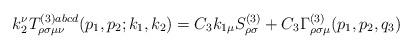
LaTeX: \begin{align*}k_2^\nu T_{\rho \sigma \mu \nu }^{(3)abcd}(p_1,p_2;k_1,k_2)=C_3k_{1\mu}S_{\rho \sigma }^{(3)}+C_3\Gamma _{\rho \sigma \mu }^{(3)}(p_1,p_2,q_3)\end{align*}